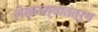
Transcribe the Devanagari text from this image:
लेखनस्वातंत्र्य